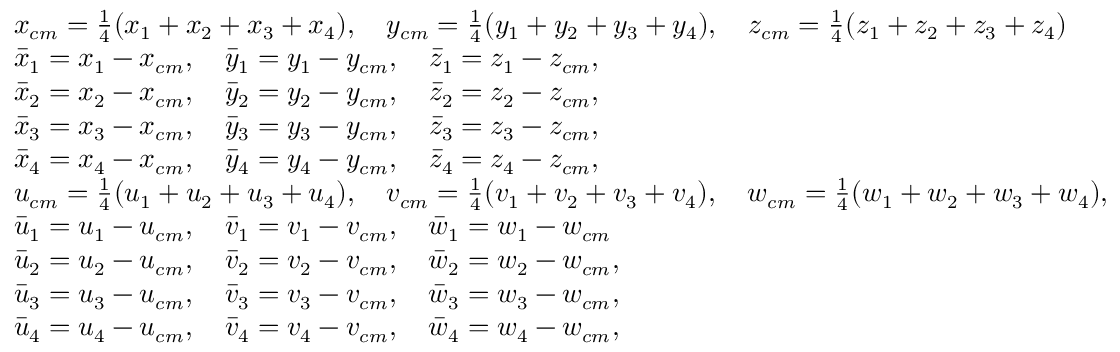
\small \begin{array} { r l } & { x _ { c m } = \frac { 1 } { 4 } ( x _ { 1 } + x _ { 2 } + x _ { 3 } + x _ { 4 } ) , \quad y _ { c m } = \frac { 1 } { 4 } ( y _ { 1 } + y _ { 2 } + y _ { 3 } + y _ { 4 } ) , \quad z _ { c m } = \frac { 1 } { 4 } ( z _ { 1 } + z _ { 2 } + z _ { 3 } + z _ { 4 } ) } \\ & { \Bar { x } _ { 1 } = x _ { 1 } - x _ { c m } , \quad \Bar { y } _ { 1 } = y _ { 1 } - y _ { c m } , \quad \Bar { z } _ { 1 } = z _ { 1 } - z _ { c m } , } \\ & { \Bar { x } _ { 2 } = x _ { 2 } - x _ { c m } , \quad \Bar { y } _ { 2 } = y _ { 2 } - y _ { c m } , \quad \Bar { z } _ { 2 } = z _ { 2 } - z _ { c m } , } \\ & { \Bar { x } _ { 3 } = x _ { 3 } - x _ { c m } , \quad \Bar { y } _ { 3 } = y _ { 3 } - y _ { c m } , \quad \Bar { z } _ { 3 } = z _ { 3 } - z _ { c m } , } \\ & { \Bar { x } _ { 4 } = x _ { 4 } - x _ { c m } , \quad \Bar { y } _ { 4 } = y _ { 4 } - y _ { c m } , \quad \Bar { z } _ { 4 } = z _ { 4 } - z _ { c m } , } \\ & { u _ { c m } = \frac { 1 } { 4 } ( u _ { 1 } + u _ { 2 } + u _ { 3 } + u _ { 4 } ) , \quad v _ { c m } = \frac { 1 } { 4 } ( v _ { 1 } + v _ { 2 } + v _ { 3 } + v _ { 4 } ) , \quad w _ { c m } = \frac { 1 } { 4 } ( w _ { 1 } + w _ { 2 } + w _ { 3 } + w _ { 4 } ) , } \\ & { \Bar { u } _ { 1 } = u _ { 1 } - u _ { c m } , \quad \Bar { v } _ { 1 } = v _ { 1 } - v _ { c m } , \quad \Bar { w } _ { 1 } = w _ { 1 } - w _ { c m } } \\ & { \Bar { u } _ { 2 } = u _ { 2 } - u _ { c m } , \quad \Bar { v } _ { 2 } = v _ { 2 } - v _ { c m } , \quad \Bar { w } _ { 2 } = w _ { 2 } - w _ { c m } , } \\ & { \Bar { u } _ { 3 } = u _ { 3 } - u _ { c m } , \quad \Bar { v } _ { 3 } = v _ { 3 } - v _ { c m } , \quad \Bar { w } _ { 3 } = w _ { 3 } - w _ { c m } , } \\ & { \Bar { u } _ { 4 } = u _ { 4 } - u _ { c m } , \quad \Bar { v } _ { 4 } = v _ { 4 } - v _ { c m } , \quad \Bar { w } _ { 4 } = w _ { 4 } - w _ { c m } , } \end{array}